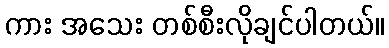
ကား အသေး တစ်စီးလိုချင်ပါတယ်။